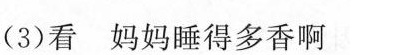
(3)看 妈妈睡得多香啊